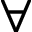
\forall